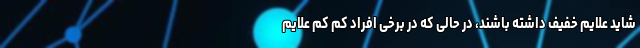
شاید علایم خفیف داشته باشند، در حالی که در برخی افراد کم کم علایم